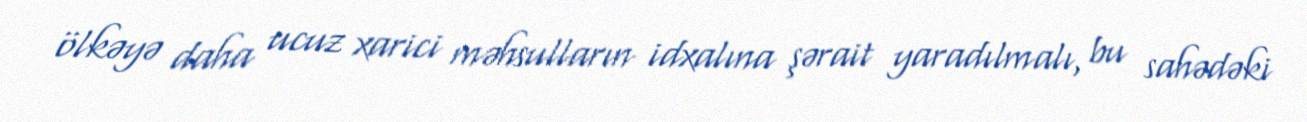
ölkəyə daha ucuz xarici məhsulların idxalına şərait yaradılmalı, bu sahədəki